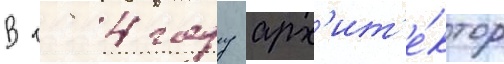
В 1984 году арх'ит'е́ктор